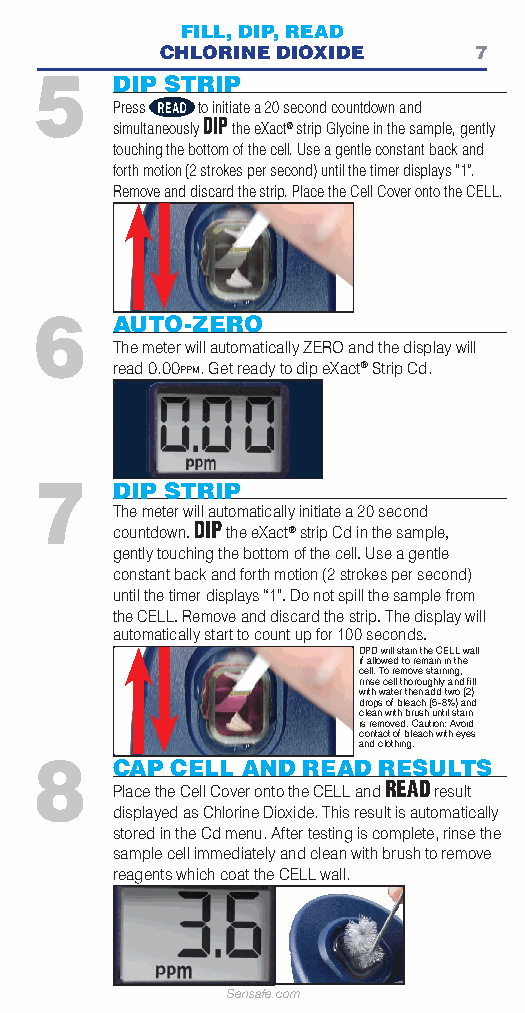
FILL, DIP, READ
 CHLORINE DIOXIDE    7
 5    DIP STRIP
 Press to initiate a 20 second countdown and
 simultaneously DIP the eXact® strip Glycine in the sample, gently
 touching the bottom of the cell. Use a gentle constant back and
 forth motion (2 strokes per second) until the timer displays “1”.
 Remove and discard the strip. Place the Cell Cover onto the CELL.
 6    AUTO-ZERO
 The meter will automatically ZERO and the display will
 read 0.00PPM. Get ready to dip eXact® Strip Cd.
 7    DIP STRIP
 The meter will automatically initiate a 20 second
 countdown. DIP the eXact® strip Cd in the sample,
 gently touching the bottom of the cell. Use a gentle
 constant back and forth motion (2 strokes per second)
 until the timer displays “1”. Do not spill the sample from
 the CELL. Remove and discard the strip. The display will
 automatically start to count up for 100 seconds.
 DPD will stain the CELL wall
 if allowed to remain in the
 cell. To remove staining,
 rinse cell thoroughly and fi ll
 with water then add two (2)
 drops of bleach (5-8%) and
 clean with brush until stain
 is removed. Caution: Avoid
 contact of bleach with eyes
 and clothing.
 8    CAP CELL AND READ RESULTS
 Place the Cell Cover onto the CELL and READresult
 displayed as Chlorine Dioxide. This result is automatically
 stored in the Cd menu. After testing is complete, rinse the
 sample cell immediately and clean with brush to remove
 reagents which coat the CELL wall.
 Sensafe.com